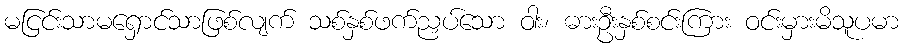
မငြင်းသာမရှောင်သာဖြစ်လျက် သစ်နှစ်ဖက်ညှပ်သော ဝါး၊ ဓားဦးနှစ်စင်းကြား ဝင်းမှားမိသူပမာ